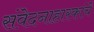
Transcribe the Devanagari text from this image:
संवेदनाहारकांचे